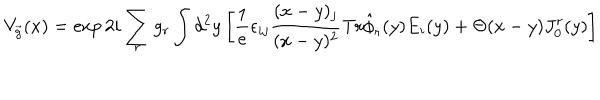
V _ { \vec { g } } ( x ) = \exp 2 i \sum _ { r } g _ { r } \int d ^ { 2 } y \left[ \frac { 1 } { e } \epsilon _ { i j } { \frac { ( x - y ) _ { j } } { ( x - y ) ^ { 2 } } } \mathrm { T r } \hat { \phi } _ { r } ( y ) E _ { i } ( y ) + \Theta ( x - y ) J _ { 0 } ^ { r } ( y ) \right]